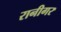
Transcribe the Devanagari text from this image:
रानीगर